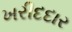
ખરીદદાર